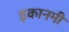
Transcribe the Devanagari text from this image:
इकानमी